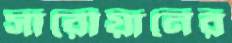
সারোয়ানের